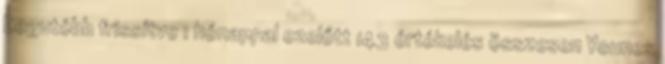
Legutóbb frissítve 1 hónappal ezelőtt 143 értékelés összesen Younes